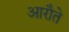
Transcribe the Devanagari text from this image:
आरौते